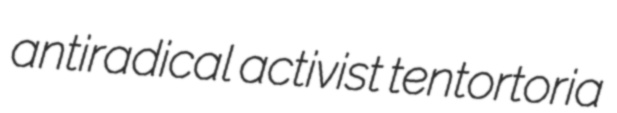
antiradical activist tentortoria